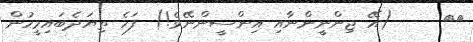
٣٦     (އޭ ޖިންނީންނާއި އިންސީންނޭވެ!) ފަހެ ތިޔަދެބައިމީހުން